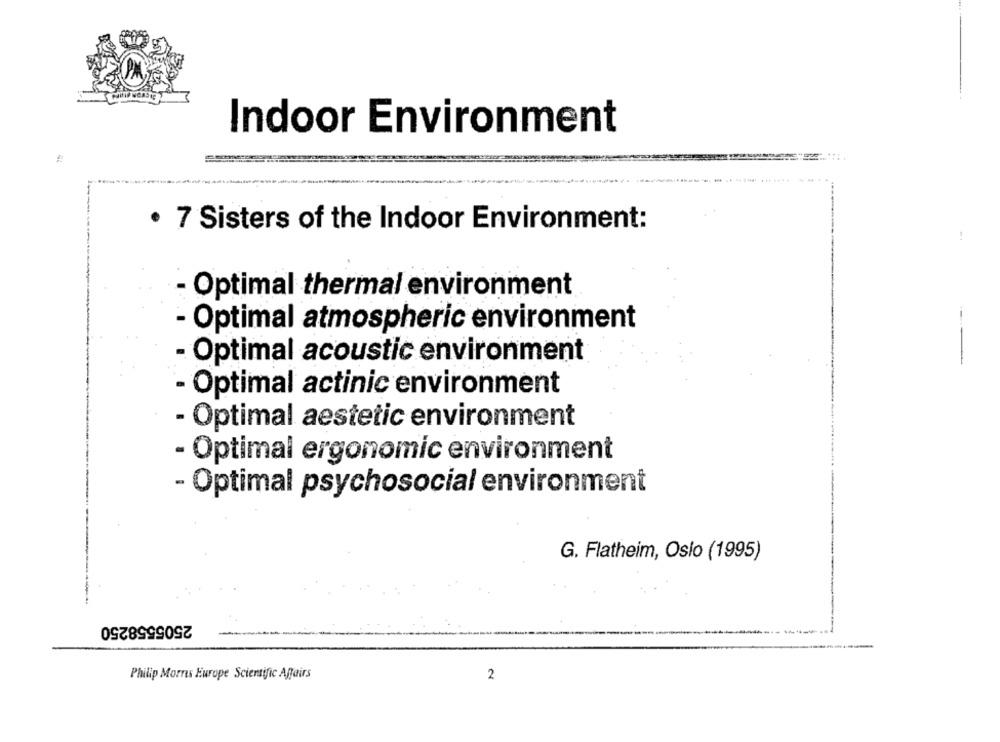
Indoor Environment
· 7 Sisters of the Indoor Environment:
Optimal thermal environment
- Optimal atmospheric environment
- Optimal acoustic environment
---
- Optimal actinic environment
- Optimal aestetic environment
- Optimal ergonomic environment
- Optimal psychosocial environment
G. Flatheim, Oslo (1995)
2505558250
Philip Morris Europe Scientific Affairs
2